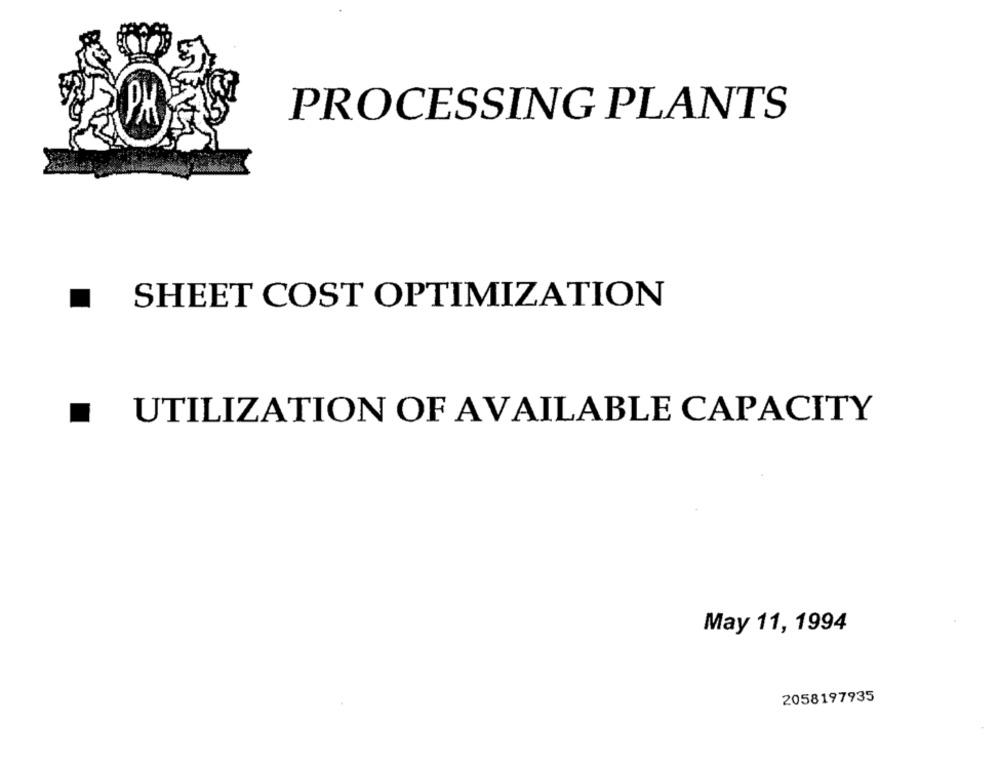
PROCESSING PLANTS
PM
SHEET COST OPTIMIZATION
UTILIZATION OF AVAILABLE CAPACITY
May 11, 1994
2058197935